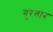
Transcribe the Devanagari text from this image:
गुरवार